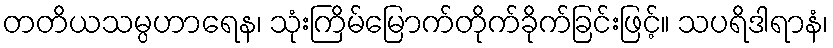
တတိယသမ္ပဟာရေန၊ သုံးကြိမ်မြောက်တိုက်ခိုက်ခြင်းဖြင့်။ သပရိဒါရာနံ၊